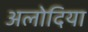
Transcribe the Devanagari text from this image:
अलोदिया